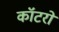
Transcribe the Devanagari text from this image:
कॉटरों